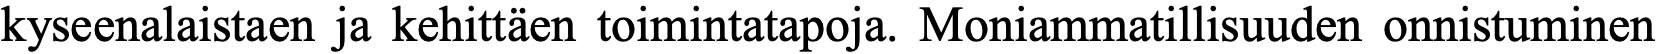
kyseenalaistaen ja kehittäen toimintatapoja. Moniammatillisuuden onnistuminen